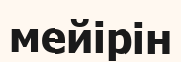
мейірін